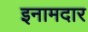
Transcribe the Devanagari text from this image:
इनामदार